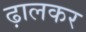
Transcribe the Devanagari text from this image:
ढ़ालकर